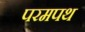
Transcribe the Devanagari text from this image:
परमपथ